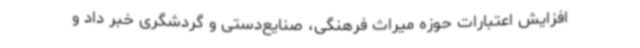
افزایش اعتبارات حوزه میراث فرهنگی، صنایع‌دستی و گردشگری خبر داد و